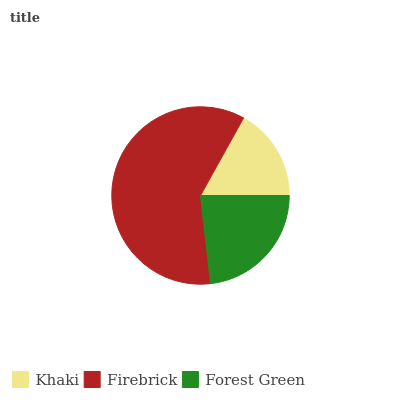
| Khaki | Firebrick | Forest Green |
 | --- | --- | --- |
 | 16.9% | 59.9% | 23.2% |